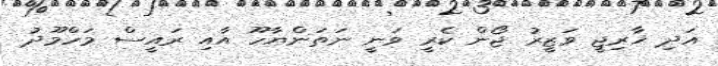
އަދި ޚާރިޖީ ވަޒީރު ޖޯން ކެރީ ވަނީ ނަތަންޔާހޫ އާއި ރައީސް މަހްމޫދު